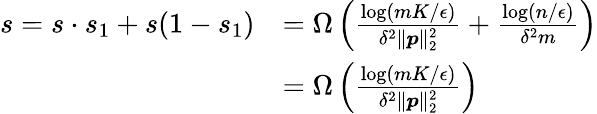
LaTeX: \begin{array}{rl}{s=s\cdot s_{1}+s(1-s_{1})}&{=\Omega\left(\frac{\log(mK/\epsilon)}{\delta^{2}\| {\boldsymbol p}\| _{2}^{2}}+\frac{\log(n/\epsilon)}{\delta^{2}m}\right)}\\ &{=\Omega\left(\frac{\log(mK/\epsilon)}{\delta^{2}\| {\boldsymbol p}\| _{2}^{2}}\right)}\end{array}